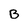
Character: B